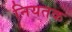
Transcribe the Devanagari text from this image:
नियतक